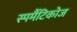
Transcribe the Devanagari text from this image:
स्पर्मैटिकोज